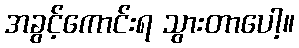
အခွင့်ကောင်းရ သွားတာပေါ့။